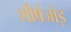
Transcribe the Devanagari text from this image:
शीर्षजोड़